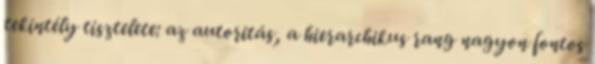
tekintély tisztelete: az autoritás, a hierarchikus rang nagyon fontos